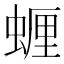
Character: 𮔠